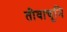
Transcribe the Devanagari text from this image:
तीवाचूनि